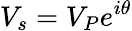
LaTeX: V_{s}=V_{P}e^{i\theta}